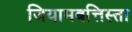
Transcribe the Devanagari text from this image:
जियामबत्तिस्ता